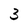
Character: 3